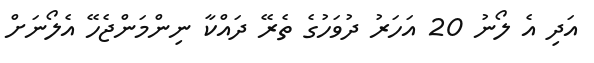
އަދި އެ ލޯނު 20 އަހަރު ދުވަހުގެ ތެރޭ ދައްކާ ނިންމަންޖެހޭ އެލޯނަށް